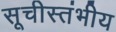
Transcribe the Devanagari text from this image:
सूचीस्तंभीय